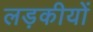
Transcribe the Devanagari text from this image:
लड़कीयों